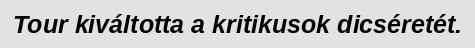
Tour kiváltotta a kritikusok dicséretét.